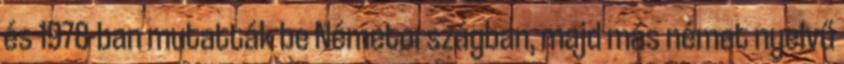
és 1978-ban mutatták be Németországban, majd más német nyelvű